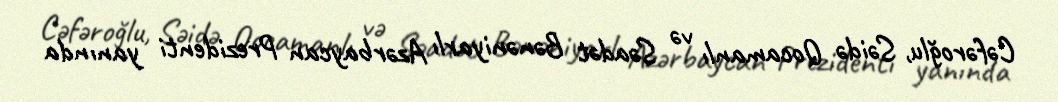
Cəfəroğlu, Səidə Qocamanlı və Səadət Bənəniyarlı Azərbaycan Prezidenti yanında